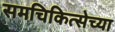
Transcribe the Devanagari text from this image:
समचिकित्सेच्या